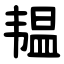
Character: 韫